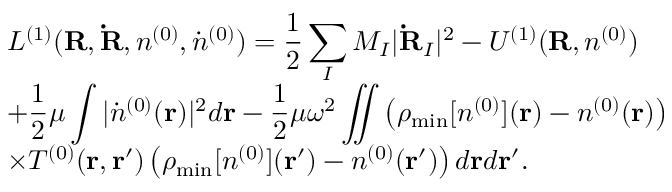
\begin{array} { l } { { \displaystyle { \cal L } ^ { ( 1 ) } ( { \bf R , \dot { R } } , n ^ { ( 0 ) } , { \dot { n } ^ { ( 0 ) } } ) = \frac { 1 } { 2 } \sum _ { I } M _ { I } \vert { \bf \dot { R } } _ { I } \vert ^ { 2 } - { \cal U } ^ { ( 1 ) } ( { \bf R } , n ^ { ( 0 ) } ) } \ ~ } \\ { { \displaystyle + \frac { 1 } { 2 } \mu \int \vert { \dot { n } } ^ { ( 0 ) } ( { \bf r } ) \vert ^ { 2 } d { \bf r } - \frac { 1 } { 2 } \mu \omega ^ { 2 } \iint \left( \rho _ { \mathrm { m i n } } [ n ^ { ( 0 ) } ] ( { \bf r } ) - n ^ { ( 0 ) } ( { \bf r } ) \right) } \ ~ } \\ { { \displaystyle \times T ^ { ( 0 ) } ( { \bf r , r ^ { \prime } } ) \left( \rho _ { \mathrm { m i n } } [ n ^ { ( 0 ) } ] ( { \bf r ^ { \prime } } ) - n ^ { ( 0 ) } ( { \bf r ^ { \prime } } ) \right) d { \bf r } d { \bf r ^ { \prime } } } . } \end{array}